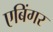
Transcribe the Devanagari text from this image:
एबिंगर